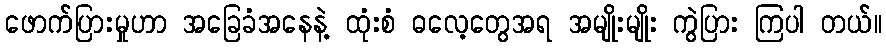
ဖောက်ပြားမှုဟာ အခြေခံအနေနဲ့ ထုံးစံ ဓလေ့တွေအရ အမျိုးမျိုး ကွဲပြား ကြပါ တယ်။